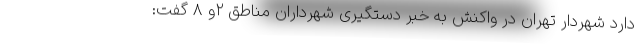
دارد شهردار تهران در واکنش به خبر دستگیری شهرداران مناطق ۲و ۸ گفت: